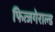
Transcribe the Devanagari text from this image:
फित्जगेराल्ड